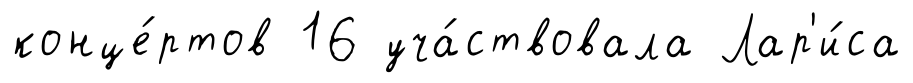
конце́ртов 16 уча́ствовала Лар'и́са